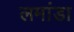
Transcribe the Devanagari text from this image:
लमांडा